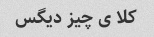
کلا ی چیز دیگس